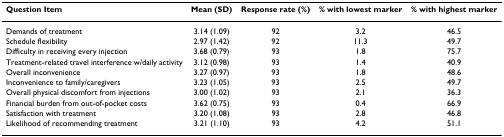
<table><thead><tr><td><b>Question Item</b></td><td><b>Mean (SD)</b></td><td><b>Response rate (%)</b></td><td><b>% with lowest marker</b></td><td><b>% with highest marker</b></td></tr></thead><tbody><tr><td>Demands of treatment</td><td>3.14 (1.09)</td><td>92</td><td>3.2</td><td>46.5</td></tr><tr><td>Schedule flexibility</td><td>2.97 (1.42)</td><td>92</td><td>11.3</td><td>49.7</td></tr><tr><td>Difficulty in receiving every injection</td><td>3.68 (0.79)</td><td>93</td><td>1.8</td><td>75.7</td></tr><tr><td>Treatment-related travel interference w/daily activity</td><td>3.12 (0.98)</td><td>93</td><td>1.4</td><td>40.9</td></tr><tr><td>Overall inconvenience</td><td>3.27 (0.97)</td><td>93</td><td>1.8</td><td>48.6</td></tr><tr><td>Inconvenience to family/caregivers</td><td>3.23 (1.05)</td><td>93</td><td>2.5</td><td>49.7</td></tr><tr><td>Overall physical discomfort from injections</td><td>3.00 (1.02)</td><td>93</td><td>2.1</td><td>36.3</td></tr><tr><td>Financial burden from out-of-pocket costs</td><td>3.62 (0.75)</td><td>93</td><td>0.4</td><td>66.9</td></tr><tr><td>Satisfaction with treatment</td><td>3.20 (1.08)</td><td>93</td><td>2.8</td><td>46.8</td></tr><tr><td>Likelihood of recommending treatment</td><td>3.21 (1.10)</td><td>93</td><td>4.2</td><td>51.1</td></tr></tbody></table>